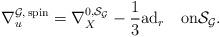
LaTeX: \begin{align*}\nabla^{\mathcal G ,\,\mathrm{spin}}_{u} = \nabla^{0, \mathcal S_{\mathcal G}}_{X} -\frac{1}{3} \mathrm{ad}_{r} \quad\mbox{on}\mathcal S_{\mathcal G}.\end{align*}